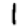
Digit: 1